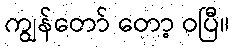
ကျွန်တော် တော့ ဝပြီ။